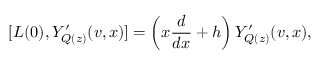
[ L ( 0 ) , Y _ { Q ( z ) } ^ { \prime } ( v , x ) ] = \left( x \frac { d } { d x } + h \right) Y _ { Q ( z ) } ^ { \prime } ( v , x ) ,